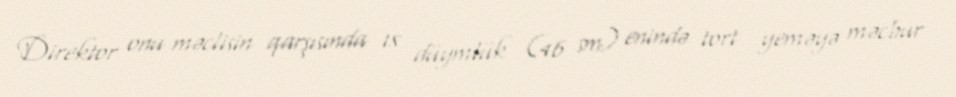
Direktor onu məclisin qarşısında 18 düymlük (46 sm) enində tort yeməyə məcbur